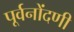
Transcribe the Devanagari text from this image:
पूर्वनोंदणी